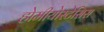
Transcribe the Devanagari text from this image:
होमीयोस्टेसिस